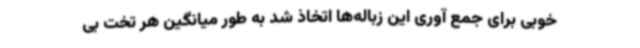
خوبی برای جمع آوری این زباله‌ها اتخاذ شد به طور میانگین هر تخت بی